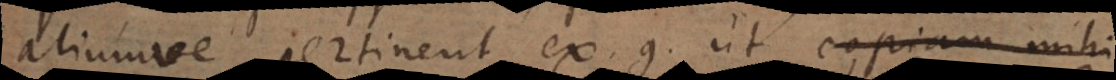
aliumve pertinent, ex. g. ut copiam mihi